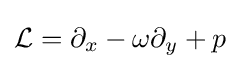
{\mathcal {L}}=\partial _{x}-\omega \partial _{y}+p